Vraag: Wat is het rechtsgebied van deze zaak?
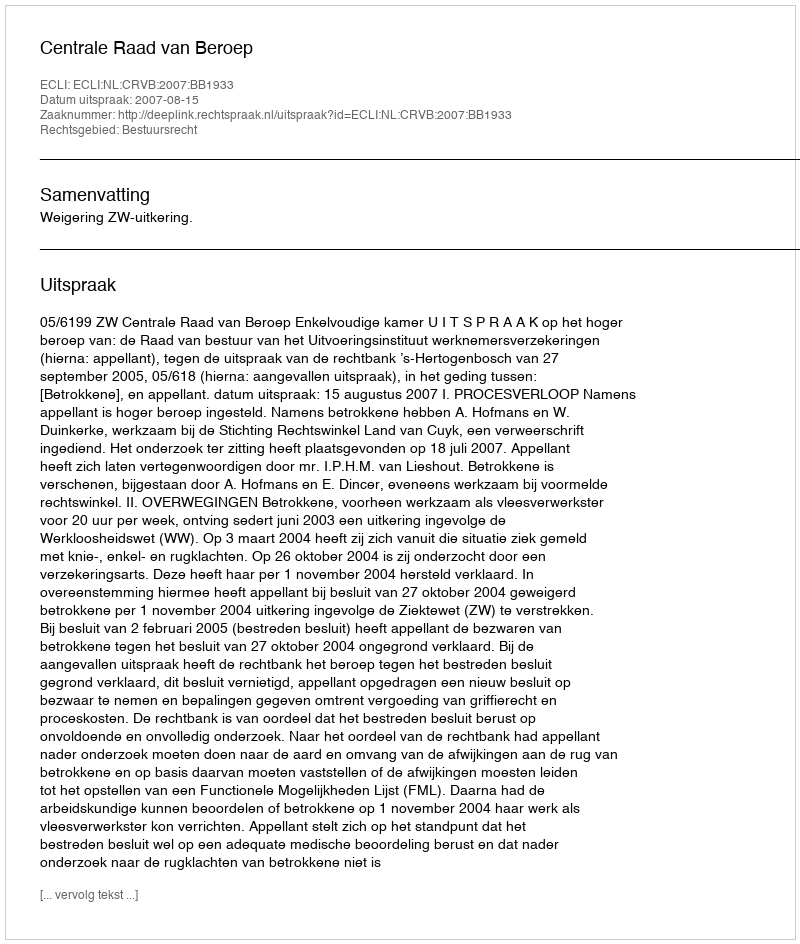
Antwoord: Bestuursrecht